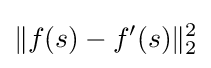
\|f(s)-f'(s)\|_{2}^{2}